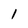
Character: 1